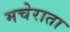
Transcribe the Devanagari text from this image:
मचेराता